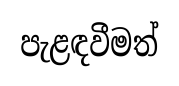
පැළඳවීමත්